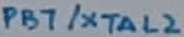
Text: PB7/XTAL2